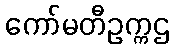
ကော်မတီဥက္ကဌ